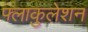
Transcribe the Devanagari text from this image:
फ्लाकुलेशन